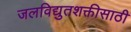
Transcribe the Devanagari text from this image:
जलविद्युतशक्तीसाठी